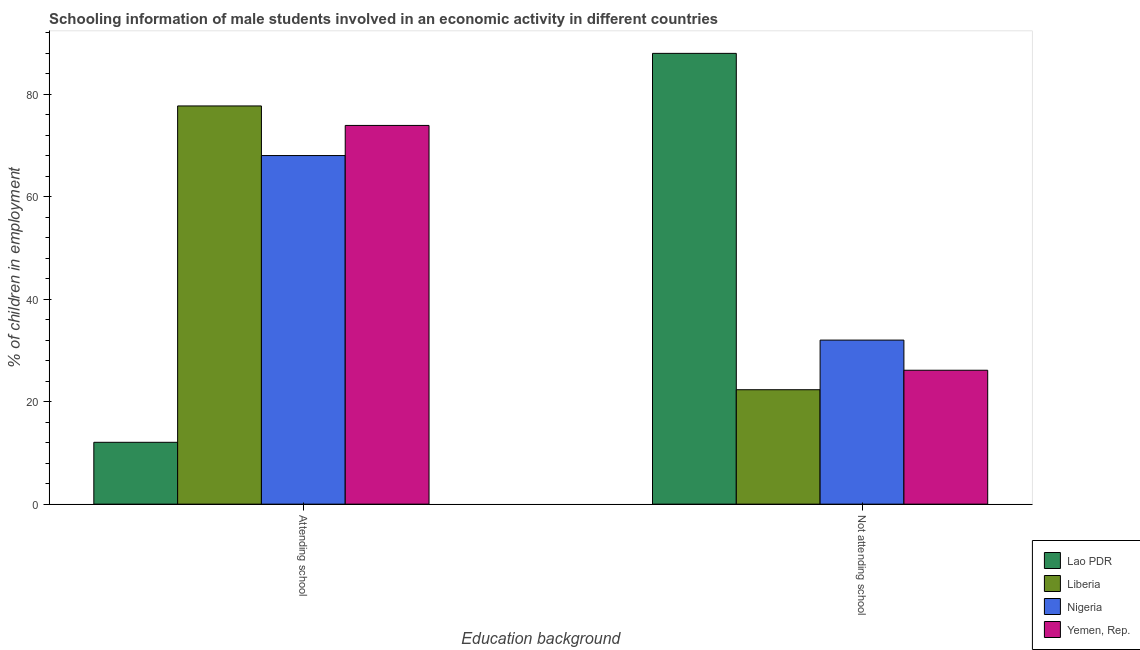
| Education background | Lao PDR | Liberia | Nigeria | Yemen, Rep. |
 | --- | --- | --- | --- | --- |
 | Attending school | 12.1 | 77.7 | 68 | 73.9 |
 | Not attending school | 87.9 | 22.3 | 32 | 26.1 |